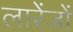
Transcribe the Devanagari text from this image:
लारेंजों